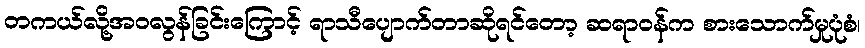
တကယ်လို့အဝလွန်ခြင်းကြောင့် ရာသီပျောက်တာဆိုရင်တော့ ဆရာဝန်က စားသောက်မှုပုံစံ၊